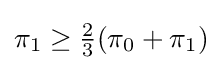
\pi _{1}\geq {\tfrac {2}{3}}(\pi _{0}+\pi _{1})